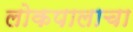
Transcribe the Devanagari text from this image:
लोकपालाचा